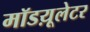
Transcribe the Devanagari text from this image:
मॉडय़ूलेटर